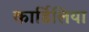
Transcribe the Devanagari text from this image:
कार्डिलिया